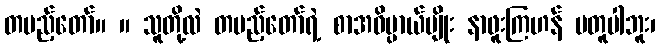
တပည့်တော်။ ။ သူတို့လဲ တပည့်တော်ရဲ့ စာအဓိပ္ပာယ်မျိုး နာဖူးကြဟန် မတူပါဘူး၊